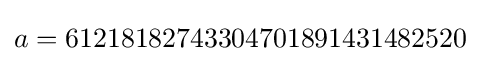
a=61218182743304701891431482520